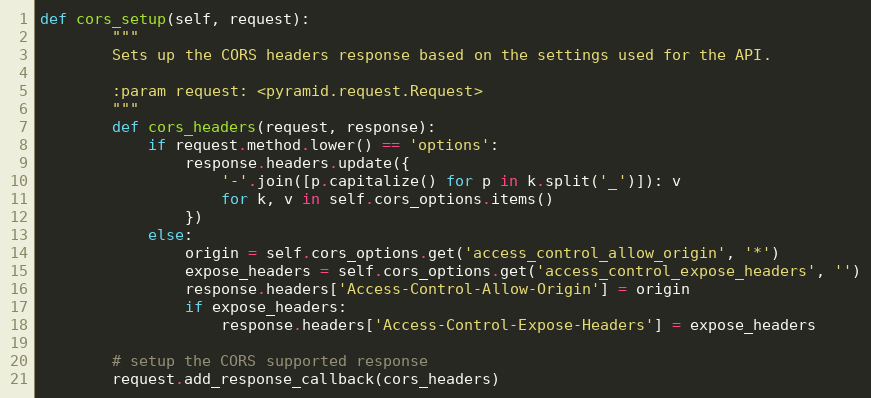
Language: Python
def cors_setup(self, request):
        """
        Sets up the CORS headers response based on the settings used for the API.

        :param request: <pyramid.request.Request>
        """
        def cors_headers(request, response):
            if request.method.lower() == 'options':
                response.headers.update({
                    '-'.join([p.capitalize() for p in k.split('_')]): v
                    for k, v in self.cors_options.items()
                })
            else:
                origin = self.cors_options.get('access_control_allow_origin', '*')
                expose_headers = self.cors_options.get('access_control_expose_headers', '')
                response.headers['Access-Control-Allow-Origin'] = origin
                if expose_headers:
                    response.headers['Access-Control-Expose-Headers'] = expose_headers

        # setup the CORS supported response
        request.add_response_callback(cors_headers)